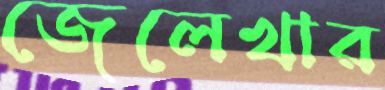
জেলেখার